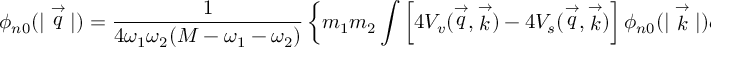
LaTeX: \phi _ { n 0 } ( | \stackrel { \rightarrow } { q } | ) = \frac { 1 } { 4 \omega _ { 1 } \omega _ { 2 } ( M - \omega _ { 1 } - \omega _ { 2 } ) } \left\{ m _ { 1 } m _ { 2 } \int \left[ 4 V _ { v } ( \stackrel { \rightarrow } { q } , \stackrel { \rightarrow } { k } ) - 4 V _ { s } ( \stackrel { \rightarrow } { q } , \stackrel { \rightarrow } { k } ) \right] \phi _ { n 0 } ( | \stackrel { \rightarrow } { k } | ) d \stackrel { \rightarrow } { k } \right\} .